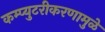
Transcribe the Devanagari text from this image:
कम्प्युटरीकरणामुळे